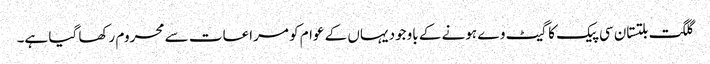
گلگت بلتستان سی پیک کا گیٹ وے ہونے کے باوجود یہاں کے عوام کو مراعات سے محروم رکھا گیا ہے۔